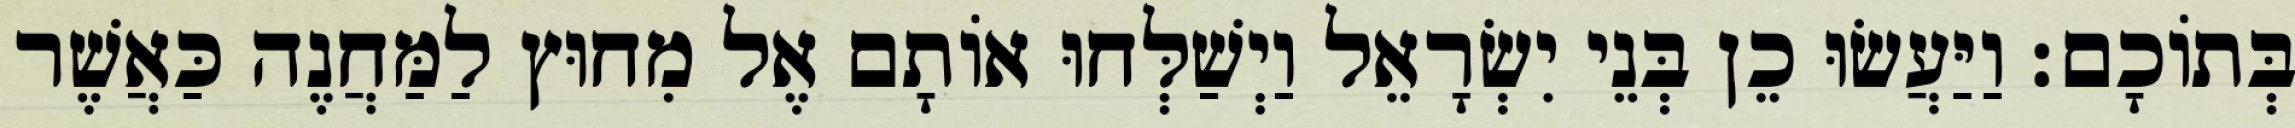
בְּתוֹכָם׃ וַיַּעֲשׂוּ כֵן בְּנֵי יִשְׂרָאֵל וַיְשַׁלְּחוּ אוֹתָם אֶל מִחוּץ לַמַּחֲנֶה כַּאֲשֶׁר